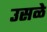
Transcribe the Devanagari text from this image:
उसळे